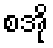
စအို